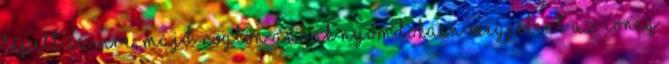
lépett színre, majd rögtön annak nyomdokain megjelent az IONIQ